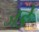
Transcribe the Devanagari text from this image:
जङे